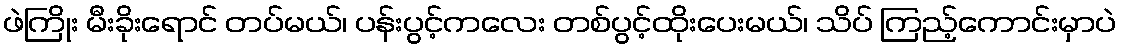
ဖဲကြိုး မီးခိုးရောင် တပ်မယ်၊ ပန်းပွင့်ကလေး တစ်ပွင့်ထိုးပေးမယ်၊ သိပ် ကြည့်ကောင်းမှာပဲ